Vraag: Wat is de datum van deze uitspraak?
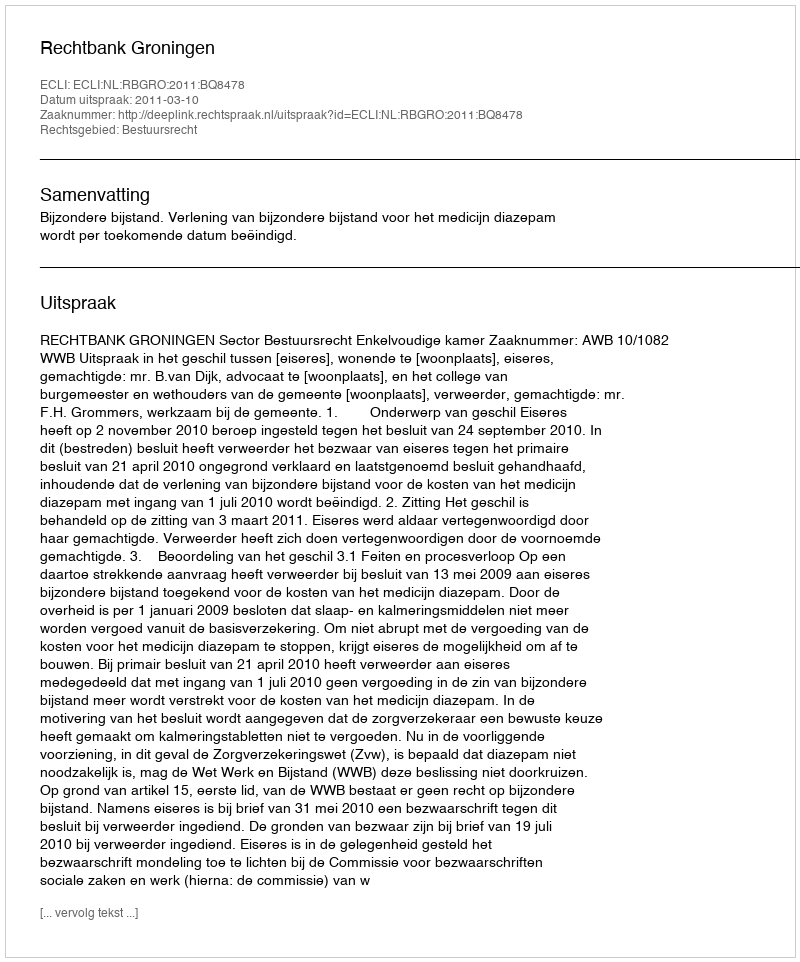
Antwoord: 2011-03-10